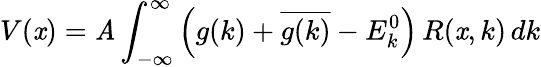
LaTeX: V(\mathit{x})=\mathit{A}\int_{-\infty}^{\infty}\left(g(k)+{\overline{{{g(k)}}}}-E_{k}^{0}\right)\, R(\mathit{x},k)\, dk